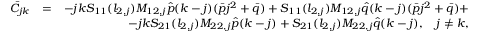
\begin{array} { r l r } { \bar { C } _ { j k } } & { = } & { - j k S _ { 1 1 } ( l _ { 2 , j } ) M _ { 1 2 , j } \hat { p } ( k - j ) ( \bar { p } j ^ { 2 } + \bar { q } ) + S _ { 1 1 } ( l _ { 2 , j } ) M _ { 1 2 , j } \hat { q } ( k - j ) ( \bar { p } j ^ { 2 } + \bar { q } ) + } \\ & { } & { - j k S _ { 2 1 } ( l _ { 2 , j } ) M _ { 2 2 , j } \hat { p } ( k - j ) + S _ { 2 1 } ( l _ { 2 , j } ) M _ { 2 2 , j } \hat { q } ( k - j ) , \quad j \neq k , } \end{array}